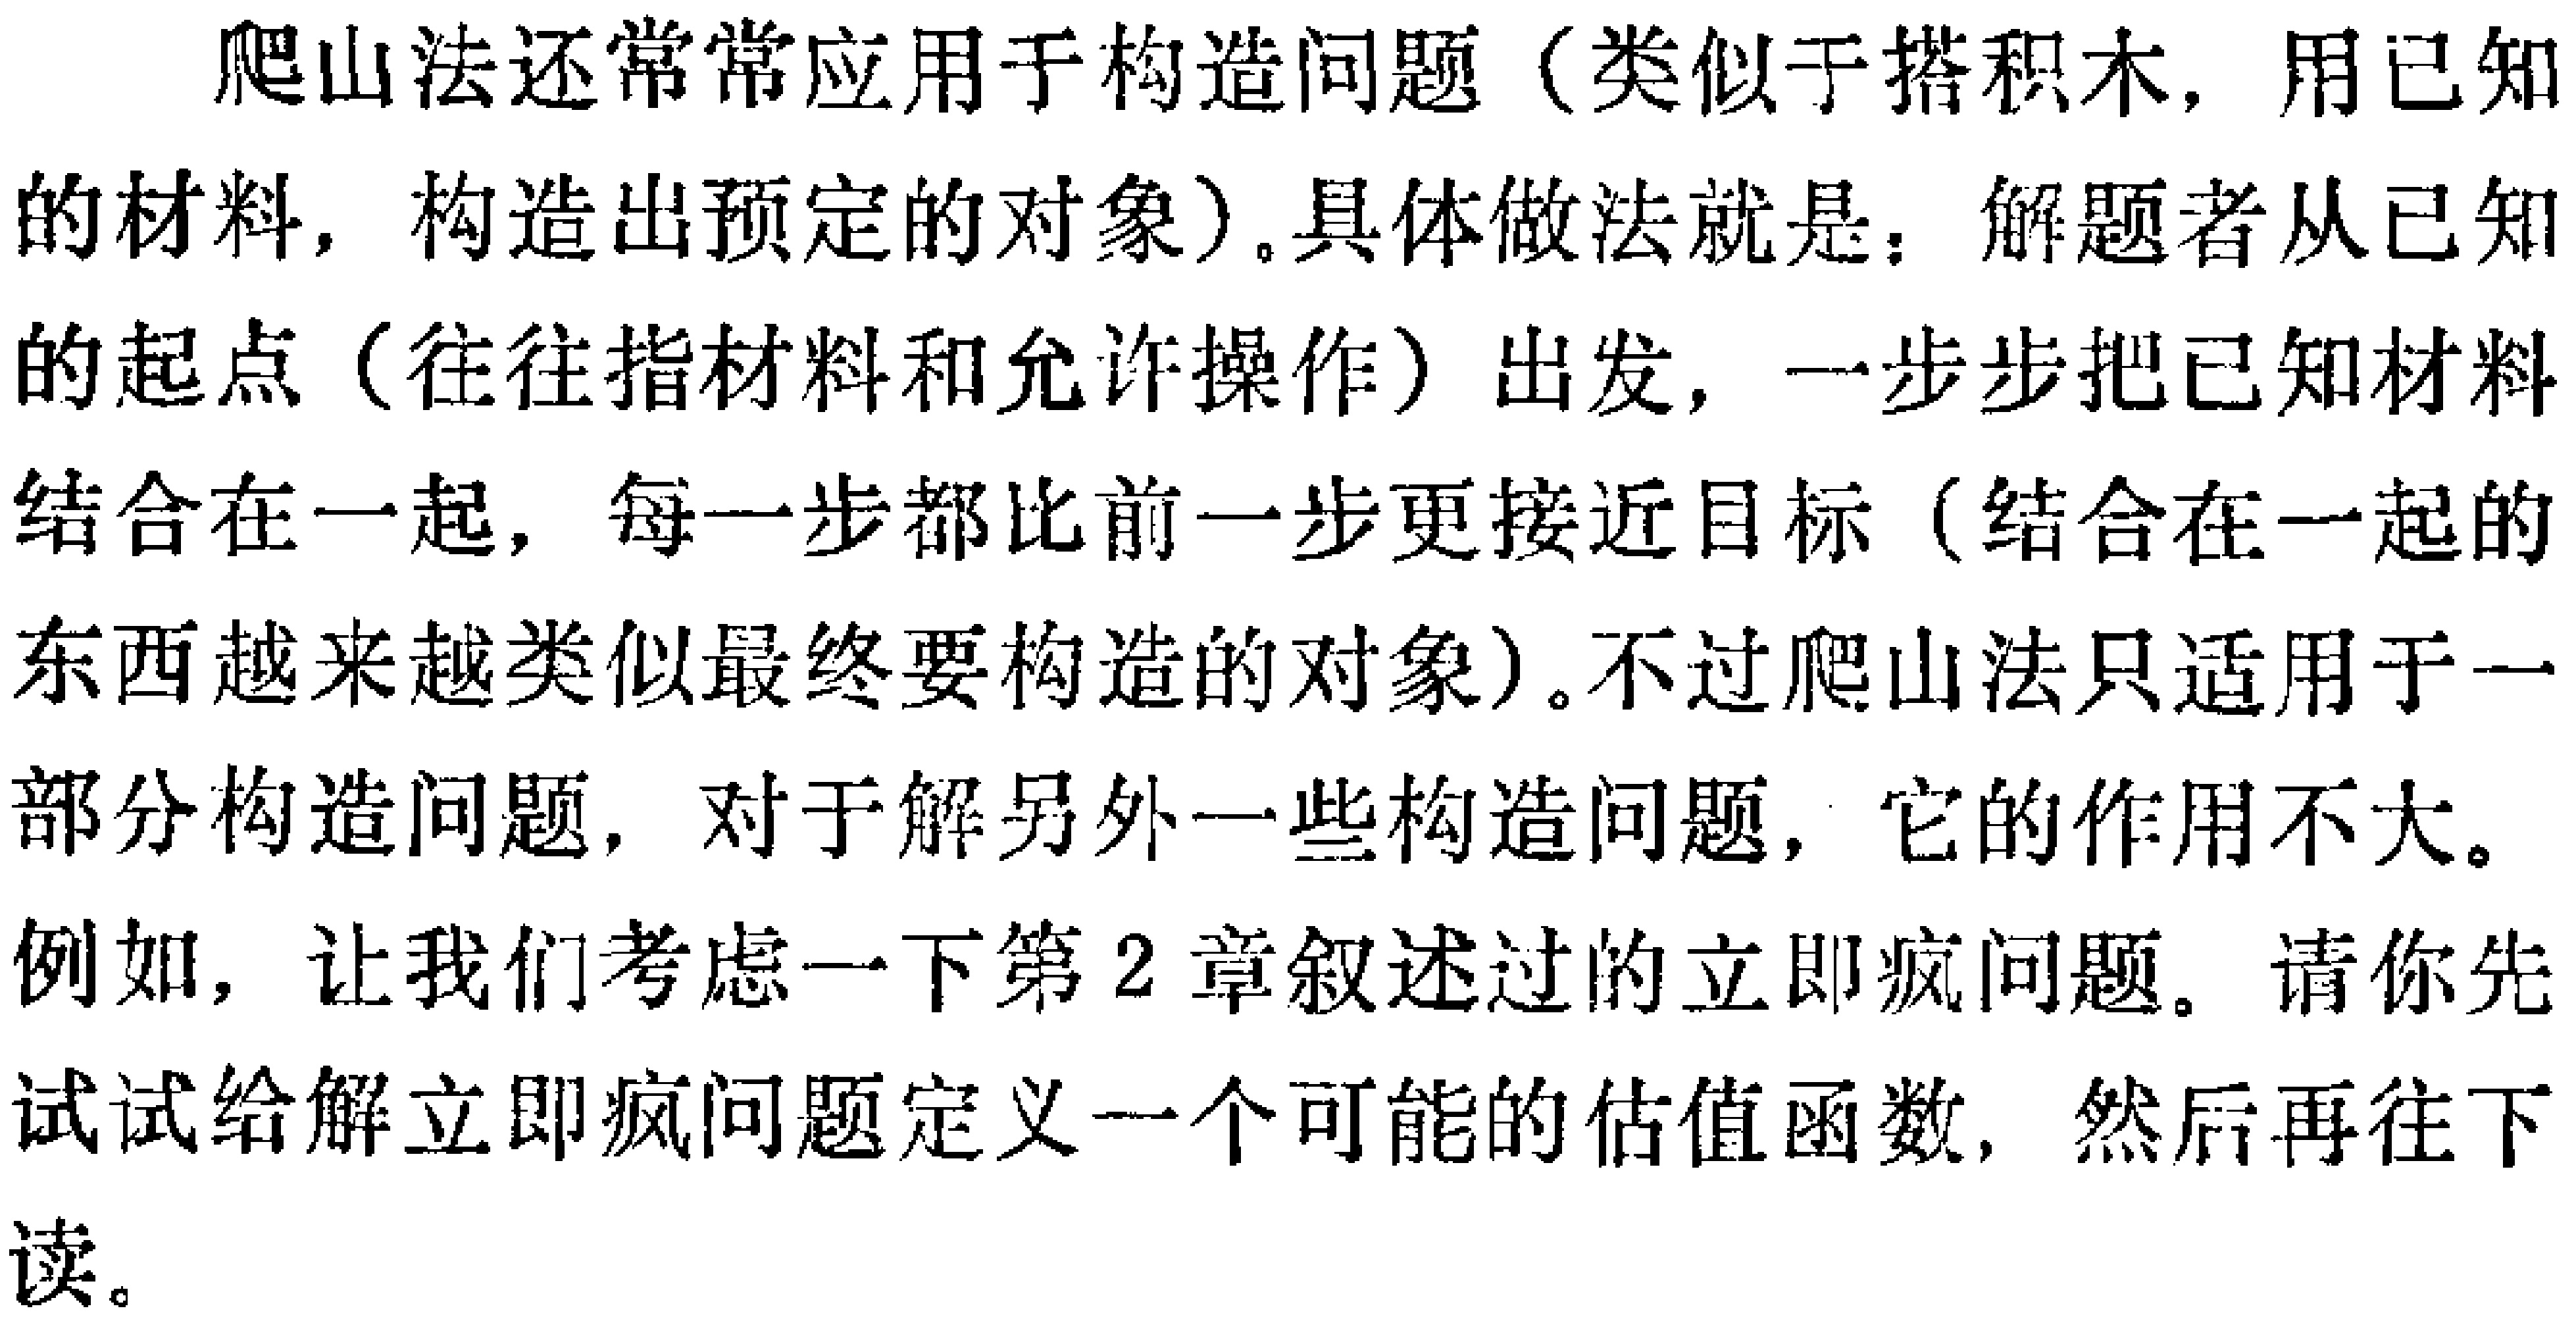
爬山法还常常应用于构造问题（类似于搭积木，用已知的材料，构造出预定的对象）。具体做法就是：解题者从已知的起点（往往指材料和允许操作）出发，一步步把已知材料结合在一起，每一步都比前一步更接近目标（结合在一起的东西越来越类似最终要构造的对象）。不过爬山法只适用于一部分构造问题，对于解另外一些构造问题，它的作用不大。

例如，让我们考虑一下第2章叙述过的立即疯问题。请你先试试给解立即疯问题定义一个可能的估值函数，然后再往下读。